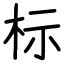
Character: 标